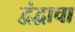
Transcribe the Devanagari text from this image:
द्वंद्वाचा